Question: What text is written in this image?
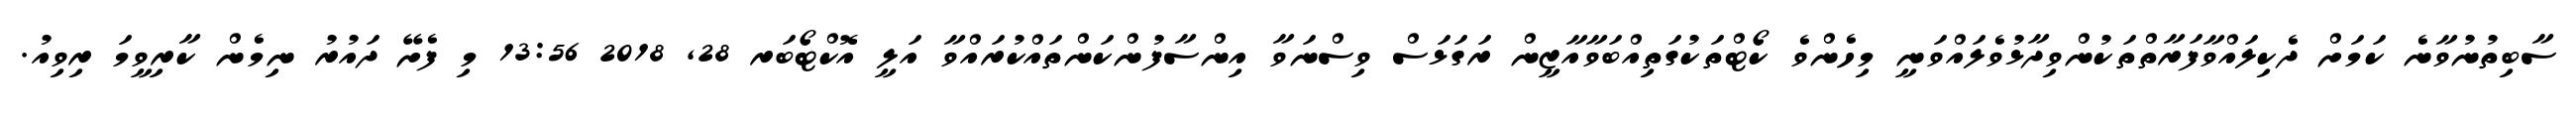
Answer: ސާބިތުނުވާނެ ކަމަށް ދެކިލައްވާފަރާތްތަކުންވިދާޅުވެލައްވަނީ މިހެންވެ ކޯޓްތަކުގަތިއްބަވާއާޒީން ރަގަޅަސް ވިސްނަވާ އިންސާފުންކަންތައްކުރައްވާ އަލީ އޮކްޓޯބަރ 28, 2018 13:56 މި ފެށޭ ދައުރު ނިމެން ކާރިވީމަ ރިވިއު.